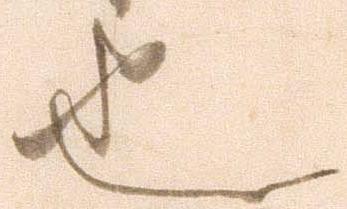
也